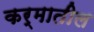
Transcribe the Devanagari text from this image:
कर्मातील